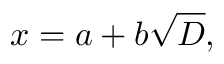
x = a + b { \sqrt { D } } ,